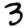
Digit: 3